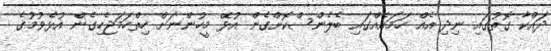
ދައްކާ ގޮތުގައި ނިދި އެއް ހަމައެއްގައި ބެލެންސްކޮށްގެން އުޅޭ މީހުންނަށް ހިތްހަމަޖެހިގެން އުޅެވުމުގެ